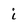
Character: i